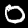
Digit: 0